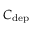
C _ { \mathrm { d e p } }